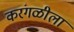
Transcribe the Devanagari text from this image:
करंगळीला